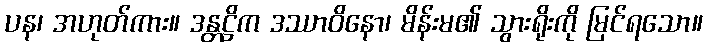
ပန၊ အဟုတ်ကား။ ဒန္တဋ္ဌိက ဒဿာဝိနော၊ မိန်းမ၏ သွားရိုးကို မြင်ရသော။